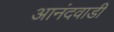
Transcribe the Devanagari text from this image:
आनंदवाडी